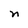
Character: n